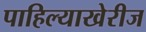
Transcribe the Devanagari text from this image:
पाहिल्याखेरीज